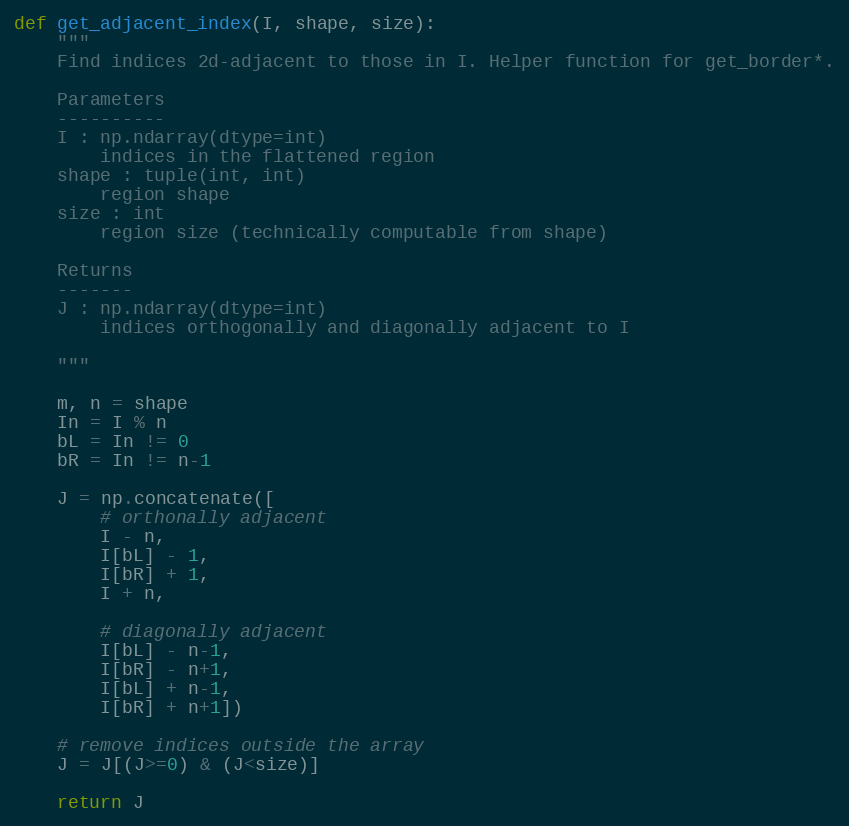
Language: Python
def get_adjacent_index(I, shape, size):
    """
    Find indices 2d-adjacent to those in I. Helper function for get_border*.

    Parameters
    ----------
    I : np.ndarray(dtype=int)
        indices in the flattened region
    shape : tuple(int, int)
        region shape
    size : int
        region size (technically computable from shape)

    Returns
    -------
    J : np.ndarray(dtype=int)
        indices orthogonally and diagonally adjacent to I

    """

    m, n = shape
    In = I % n
    bL = In != 0
    bR = In != n-1

    J = np.concatenate([
        # orthonally adjacent
        I - n,
        I[bL] - 1,
        I[bR] + 1,
        I + n,

        # diagonally adjacent
        I[bL] - n-1,
        I[bR] - n+1,
        I[bL] + n-1,
        I[bR] + n+1])

    # remove indices outside the array
    J = J[(J>=0) & (J<size)]

    return J